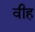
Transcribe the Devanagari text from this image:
वीह